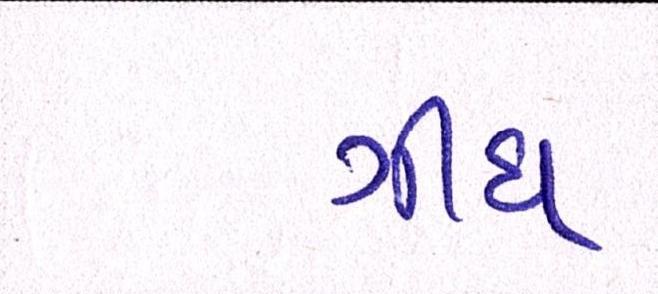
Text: ગીધ